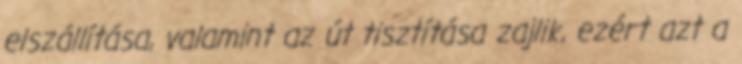
elszállítása, valamint az út tisztítása zajlik, ezért azt a